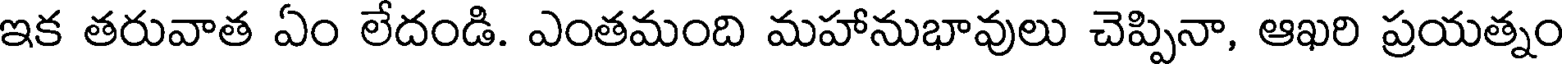
ఇక తరువాత ఏం లేదండి. ఎంతమంది మహానుభావులు చెప్పినా, ఆఖరి ప్రయత్నం